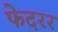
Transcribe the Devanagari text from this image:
फेदरर